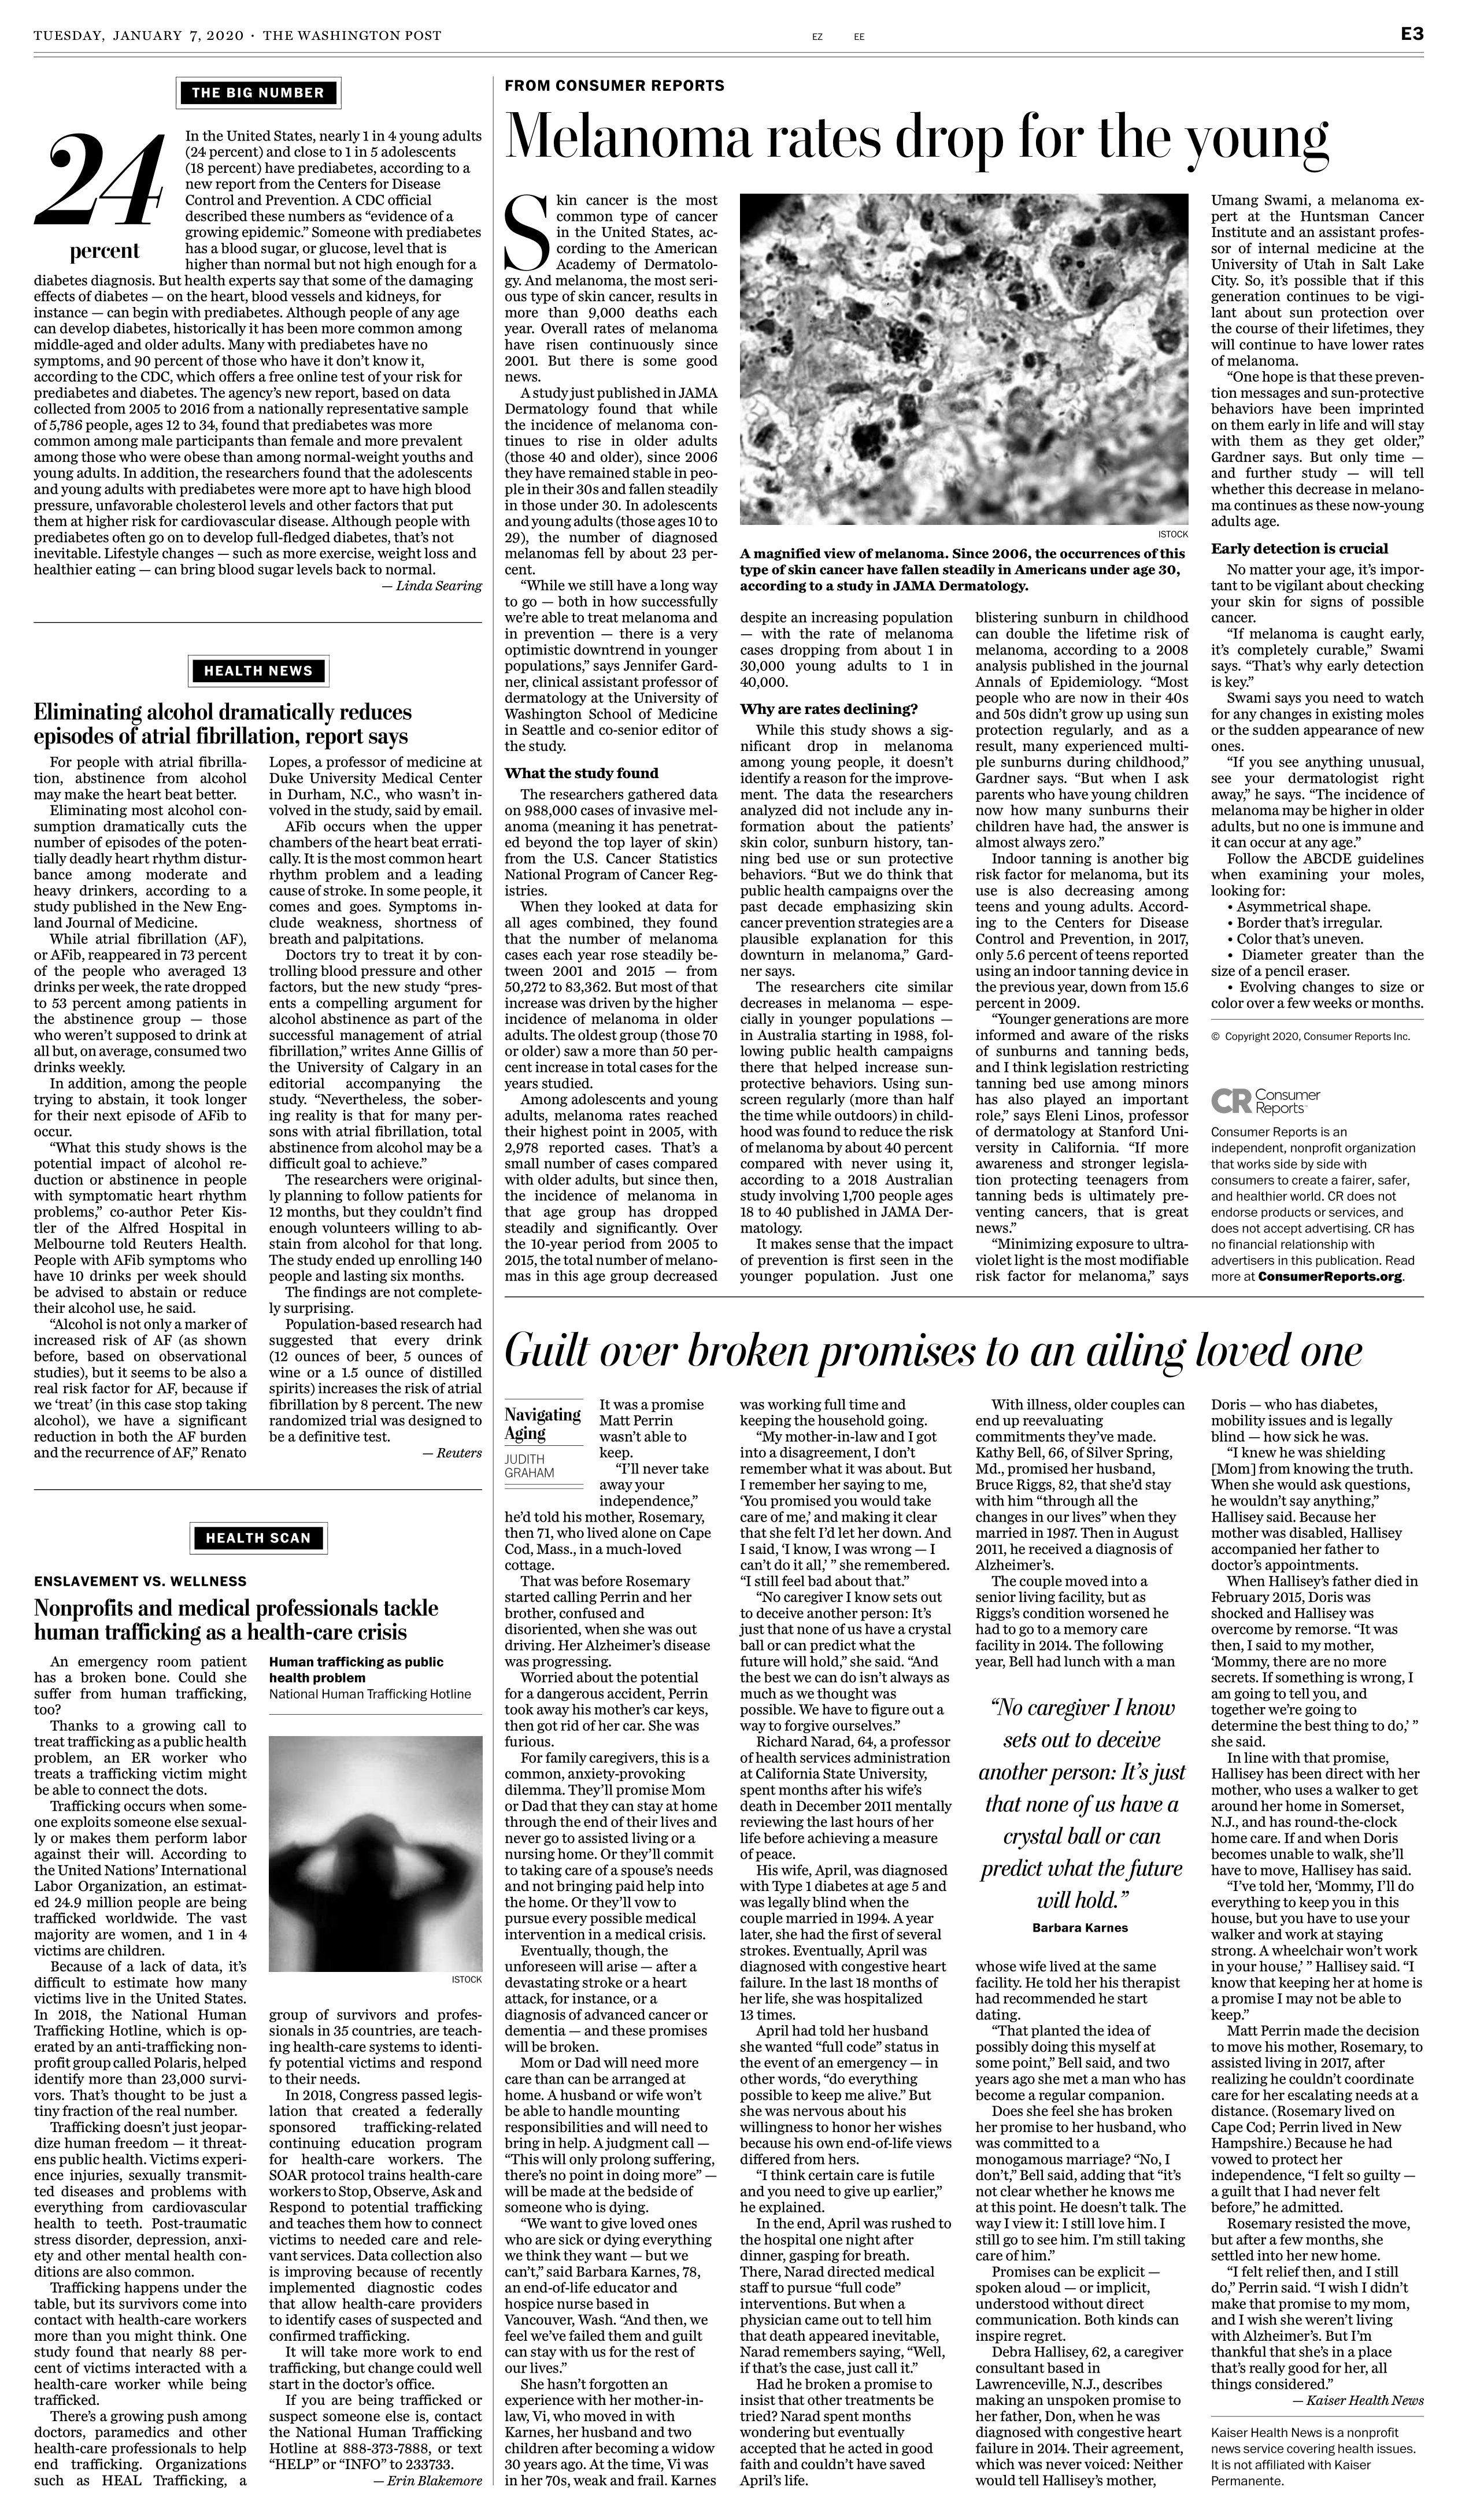
Language: en